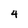
Character: 4